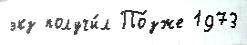
экз получи́л По́зже 1973